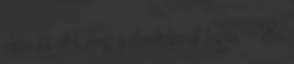
elém és állít meg a derekamnál fogva. - És